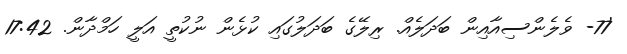
'77- ވެލެންސިއާއިން ބަދަލެއް. ރިލޭގެ ބަދަލުގައި ކުޅެން ނުކުތީ އަލީ ހަމްދާން. 17:42